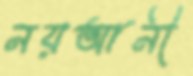
নয়আনী